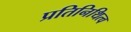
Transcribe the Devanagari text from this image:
प्रतिनिथित्व